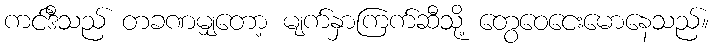
ကင်ဒီသည် တခဏမျှတော့ မျက်နှာကြက်ဆီသို့ တွေဝေငေးမောနေသည်။